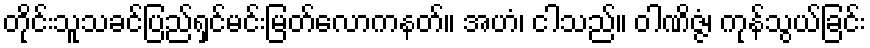
တိုင်းသူသခင်ပြည်ရှင်မင်းမြတ်လောကနတ်။ အဟံ၊ ငါသည်။ ဝါဏိဇ္ဇံ၊ ကုန်သွယ်ခြင်း